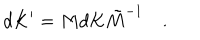
LaTeX: d K ^ { \prime } = M d K \tilde { M } ^ { - 1 } \quad .